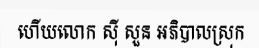
ហើយលោក ស៊ី សួន អភិបាលស្រុក